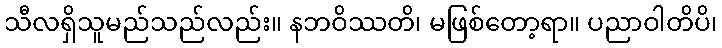
သီလရှိသူမည်သည်လည်း။ နဘဝိဿတိ၊ မဖြစ်တော့ရာ။ ပညာဝါတိပိ၊